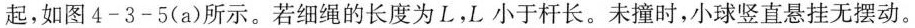
起，如图4-3-5(a)所示。若细绳的长度为L，L小于杆长。未撞时，小球竖直悬挂无摆动。